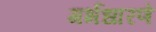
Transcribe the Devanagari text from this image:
गर्भधारणे